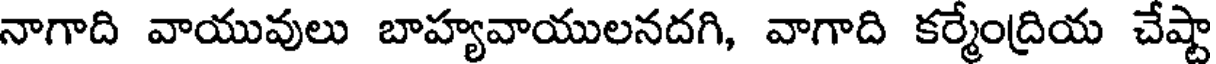
నాగాది వాయువులు బాహ్యవాయులనదగి, వాగాది కర్మేంద్రియ చేష్టా